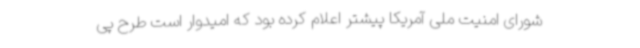
شورای امنیت ملی آمریکا پیشتر اعلام کرده بود که امیدوار است طرح پی